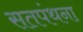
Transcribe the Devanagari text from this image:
सतपंथना